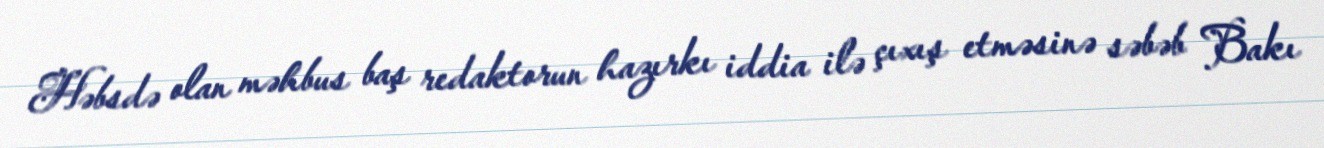
Həbsdə olan məhbus baş redaktorun hazırkı iddia ilə çıxış etməsinə səbəb Bakı